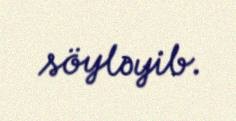
söyləyib.